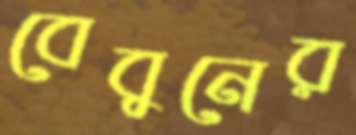
বেবুনের